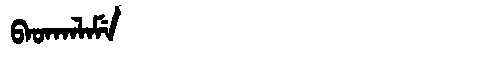
Manchu: ᠪᠠᡨᡴᠠᠯᠠᠮᡝ
Romanization: BATKALAME